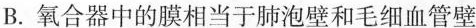
B.氧合器中的膜相当于肺泡壁合毛细血管壁